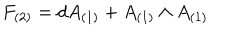
F _ { ( 2 ) } = d A _ { ( 1 ) } + A _ { ( 1 ) } \wedge A _ { ( 1 ) }